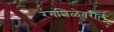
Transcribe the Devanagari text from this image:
रंगशिळेवरील